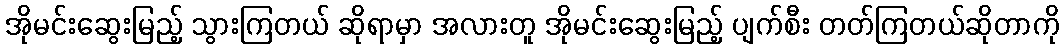
အိုမင်းဆွေးမြည့် သွားကြတယ် ဆိုရာမှာ အလားတူ အိုမင်းဆွေးမြည့် ပျက်စီး တတ်ကြတယ်ဆိုတာကို